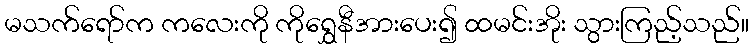
မသက်ရော်က ကလေးကို ကိုရွှေနီအားပေး၍ ထမင်းအိုး သွားကြည့်သည်။